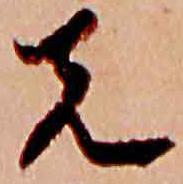
先